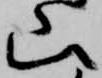
山